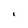
Character: I